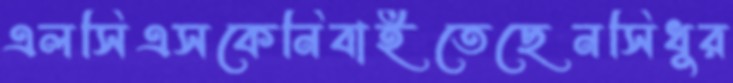
এলসিএসকেনিবাইতেছেনসিধুর